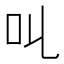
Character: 𠮪